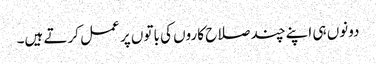
دونوں ہی اپنے چند صلاح کاروں کی باتوں پر عمل کرتے ہیں۔